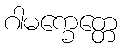
ဂါမက္ခေတ္တေ